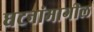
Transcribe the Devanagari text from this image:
घटनांमागील